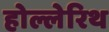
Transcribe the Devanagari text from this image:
होल्लेरिथ